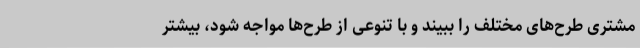
مشتری طرح‌های مختلف را ببیند و با تنوعی از طرح‌ها مواجه شود، بیشتر